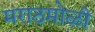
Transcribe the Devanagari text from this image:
मराठमोळी